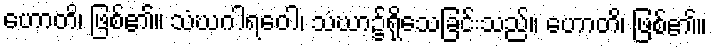
ဟောတိ၊ ဖြစ်၏။ သံဃဂါရဝေါ၊ သံဃာ၌ရိုသေခြင်းသည်။ ဟောတိ၊ ဖြစ်၏။